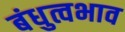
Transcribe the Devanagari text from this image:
बंधुत्वभाव